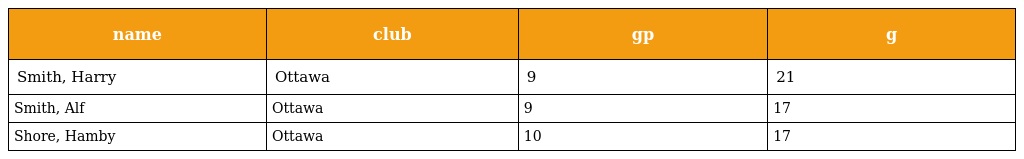
| name | club | gp | g |
 | --- | --- | --- | --- |
 | Smith, Harry | Ottawa | 9 | 21 |
 | Smith, Alf | Ottawa | 9 | 17 |
 | Shore, Hamby | Ottawa | 10 | 17 |